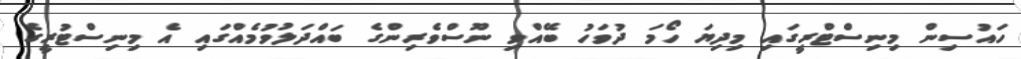
ހައުސިން މިނިސްޓްރީގައި މިދިޔަ ހޯމަ ދުވަހު ބޭއްވި ނޫސްވެރިންގެ ބައްދަލުވުމެއްގައި އެ މިނިސްޓުރީގެ